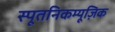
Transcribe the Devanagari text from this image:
स्पूतनिकम्यूज़िक